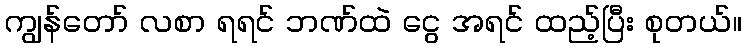
ကျွန်တော် လစာ ရရင် ဘဏ်ထဲ ငွေ အရင် ထည့်ပြီး စုတယ်။